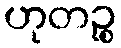
ဟုတဉ္စ